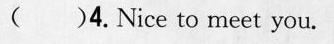
( )4.Nice to meet you.